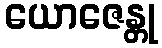
ယောဇေန္တု